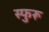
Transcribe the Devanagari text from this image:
स्फुरू